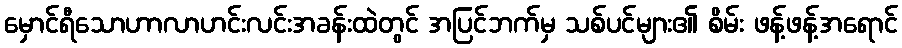
မှောင်ရီသောဟာလာဟင်းလင်းအခန်းထဲတွင် အပြင်ဘက်မှ သစ်ပင်များ၏ စိမ်း ဖန့်ဖန့်အရောင်